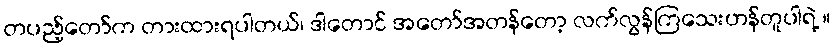
တပည့်တော်က တားထားရပါတယ်၊ ဒါတောင် အတော်အတန်တော့ လက်လွန်ကြသေးဟန်တူပါရဲ့ ။